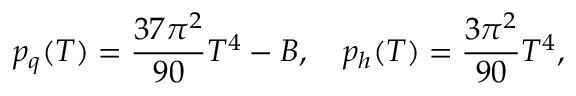
p _ { q } ( T ) = { \frac { 3 7 \pi ^ { 2 } } { 9 0 } } T ^ { 4 } - B , \quad p _ { h } ( T ) = { \frac { 3 \pi ^ { 2 } } { 9 0 } } T ^ { 4 } ,